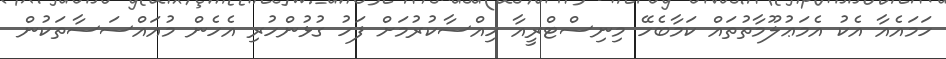
ހަމައެއާ އެކު އެމަޢުލޫމާތުތައް ކަމާބެހޭ މިނިސްޓްރީއާ ހިއްސާކުރުމަށް ފަހު ގުޅުންހުރި އެހެން މުއައްސަސާތަކުން